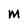
Character: m